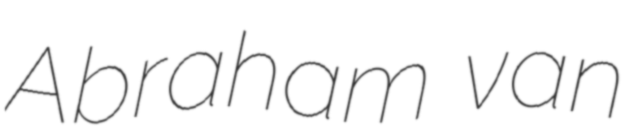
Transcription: Abraham van